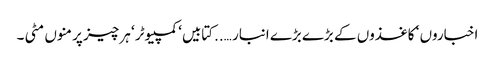
اخباروں ‘ کاغذوں کے بڑے بڑے انبار …..کتابیں‘ کمپیوٹر ‘ ہر چیز پر منوں مٹی ۔